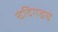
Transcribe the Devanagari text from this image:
चंदिगढचे